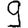
Digit: 9